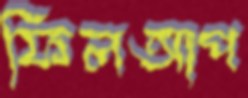
ফিলআপ